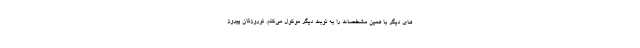
های دیگر با همین مشخصات را به نوبت دیگر موکول می‌کنم. نوروزتان پیروز